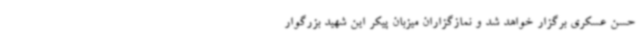
حسن عسکری برگزار خواهد شد و نمازگزاران میزبان پیکر این شهید بزرگوار